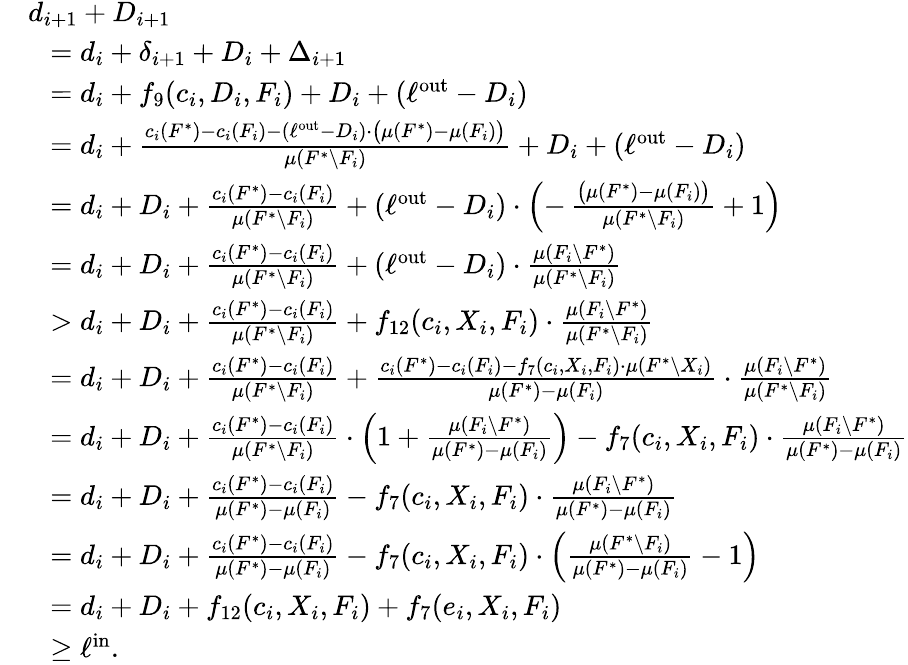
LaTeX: \begin{array}{rl}&{d_{i+1}+D_{i+1}}\\ {}&{~~=d_{i}+\delta_{i+1}+D_{i}+\Delta_{i+1}}\\ {}&{~~=d_{i}+f_{9}(c_{i},D_{i},F_{i})+D_{i}+(\ell^{\mathrm{out}}-D_{i})}\\ {}&{~~=d_{i}+\frac{c_{i}(F^{*})-c_{i}(F_{i})-(\ell^{\mathrm{out}}-D_{i})\cdot\big(\mu(F^{*})-\mu(F_{i})\big)}{\mu(F^{*}\setminus F_{i})}+D_{i}+(\ell^{\mathrm{out}}-D_{i})}\\ {}&{~~=d_{i}+D_{i}+\frac{c_{i}(F^{*})-c_{i}(F_{i})}{\mu(F^{*}\setminus F_{i})}+(\ell^{\mathrm{out}}-D_{i})\cdot\left(-\, \frac{\big(\mu(F^{*})-\mu(F_{i})\big)}{\mu(F^{*}\setminus F_{i})}+1\right)}\\ {}&{~~=d_{i}+D_{i}+\frac{c_{i}(F^{*})-c_{i}(F_{i})}{\mu(F^{*}\setminus F_{i})}+(\ell^{\mathrm{out}}-D_{i})\cdot\frac{\mu(F_{i}\setminus F^{*})}{\mu(F^{*}\setminus F_{i})}}\\ {}&{~~>d_{i}+D_{i}+\frac{c_{i}(F^{*})-c_{i}(F_{i})}{\mu(F^{*}\setminus F_{i})}+f_{12}(c_{i},X_{i},F_{i})\cdot\frac{\mu(F_{i}\setminus F^{*})}{\mu(F^{*}\setminus F_{i})}}\\ {}&{~~=d_{i}+D_{i}+\frac{c_{i}(F^{*})-c_{i}(F_{i})}{\mu(F^{*}\setminus F_{i})}+\frac{c_{i}(F^{*})-c_{i}(F_{i})-f_{7}(c_{i},X_{i},F_{i})\cdot\mu(F^{*}\setminus X_{i})}{\mu(F^{*})-\mu(F_{i})}\cdot\frac{\mu(F_{i}\setminus F^{*})}{\mu(F^{*}\setminus F_{i})}}\\ {}&{~~=d_{i}+D_{i}+\frac{c_{i}(F^{*})-c_{i}(F_{i})}{\mu(F^{*}\setminus F_{i})}\cdot\left(1+\frac{\mu(F_{i}\setminus F^{*})}{\mu(F^{*})-\mu(F_{i})}\right)-f_{7}(c_{i},X_{i},F_{i})\cdot\frac{\mu(F_{i}\setminus F^{*})}{\mu(F^{*})-\mu(F_{i})}}\\ {}&{~~=d_{i}+D_{i}+\frac{c_{i}(F^{*})-c_{i}(F_{i})}{\mu(F^{*})-\mu(F_{i})}-f_{7}(c_{i},X_{i},F_{i})\cdot\frac{\mu(F_{i}\setminus F^{*})}{\mu(F^{*})-\mu(F_{i})}}\\ {}&{~~=d_{i}+D_{i}+\frac{c_{i}(F^{*})-c_{i}(F_{i})}{\mu(F^{*})-\mu(F_{i})}-f_{7}(c_{i},X_{i},F_{i})\cdot\left(\frac{\mu(F^{*}\setminus F_{i})}{\mu(F^{*})-\mu(F_{i})}-1\right)}\\ {}&{~~=d_{i}+D_{i}+f_{12}(c_{i},X_{i},F_{i})+f_{7}(e_{i},X_{i},F_{i})}\\ {}&{~~\ge\ell^{\mathrm{in}}.}\end{array}